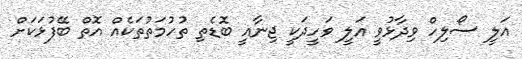
އަލީ ސޯލިހް ވިދާޅުވީ އަލީ ވަހީދަކީ ޖިނާއީ ބޮޑެތި ތުހުމަތުތަކެއް އޮތް ބޭފުޅަކަށް